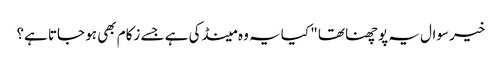
خیر سوال یہ پوچھنا تھا " کیا یہ وہ مینڈکی ہے جسے زکام بھی ہو جاتا ہے؟